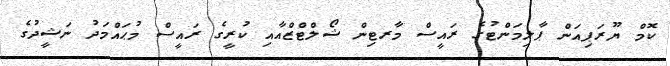
ކޮމް ޔޫރަޕިއަން ޕާލިމަންޓުގެ ރައީސް މާރޓިން ޝޯލްޓްޒްއާއި ކުރީގެ ރައީސް މުޙައްމަދު ނަޝީދުގެ